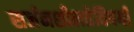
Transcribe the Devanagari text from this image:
सर्जनशीलतेविषयी